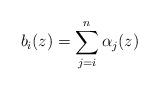
LaTeX: \begin{align*}b_{i}(z)=\sum_{j=i}^{n}\alpha_{j}(z)\end{align*}